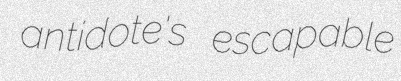
antidote's escapable